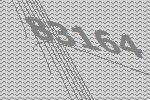
83164